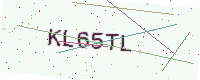
Text: KL65TL